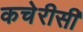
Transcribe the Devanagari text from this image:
कचेरीसी